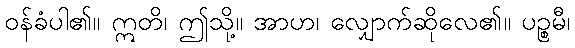
ဝန်ခံပါ၏။ ဣတိ၊ ဤသို့။ အာဟ၊ လျှောက်ဆိုလေ၏။ ပဉ္စမီ၊